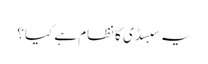
یہ سبسڈی کا نظام ہے کیا؟